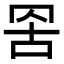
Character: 𮊁